Indian journal of veterinary science and animal husbandry - Volumes 18-21, 1948-1951
Year: 1948
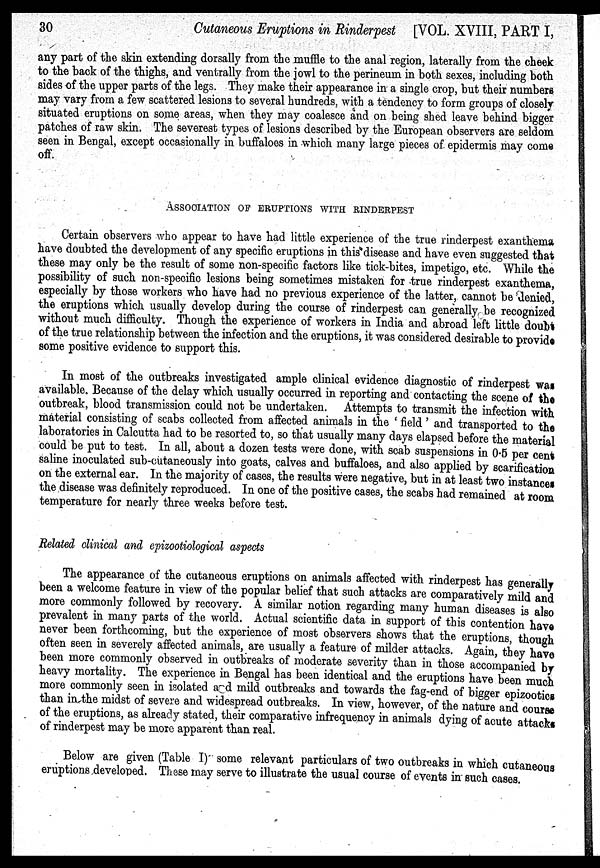
30
Cutaneous Eruptions in Rinderpest [VOL. XVIII, PART I,
any part of the skin extending dorsally from the muffle to the anal region, laterally from the cheek
to the back of the thighs, and ventrally from the jowl to the perineum in both sexes, including both
sides of the upper parts of the legs. They make their appearance in a single crop, but their numbers
may vary from a few scattered lesions to several hundreds, with a tendency to form groups of closely
situated eruptions on some areas, when they may coalesce and on being shed leave behind bigger
patches of raw skin. The severest types of lesions described by the European observers are seldom
seen in Bengal, except occasionally in buffaloes in which many large pieces of epidermis may come
off.
ASSOCIATION OF ERUPTIONS WITH RINDERPEST
Certain observers who appear to have had little experience of the true rinderpest exanthema
have doubted the development of any specific eruptions in this disease and have even suggested that
these may only be the result of some non-specific factors like tick-bites, impetigo, etc. While the
possibility of such non-specific lesions being sometimes mistaken for true rinderpest exanthema,
especially by those workers who have had no previous experience of the latter, cannot be denied,
the eruptions which usually develop during the course of rinderpest can generally be recognized
without much difficulty. Though the experience of workers in India and abroad left little doubt
of the true relationship between the infection and the eruptions, it was considered desirable to provide
some positive evidence to support this.
In most of the outbreaks investigated ample clinical evidence diagnostic of rinderpest was
available. Because of the delay which usually occurred in reporting and contacting the scene of the
outbreak, blood transmission could not be undertaken. Attempts to transmit the infection with
material consisting of scabs collected from affected animals in the ' field ' and transported to the
laboratories in Calcutta had to be resorted to, so that usually many days elapsed before the material
could be put to test. In all, about a dozen tests were done, with scab suspensions in 0.5 per cent
saline inoculated sub-cutaneously into goats, calves and buffaloes, and also applied by scarification
on the external ear. In the majority of cases, the results were negative, but in at least two instances
the disease was definitely reproduced. In one of the positive cases, the scabs had remained at room
temperature for nearly three weeks before test.
Related clinical and epizootiological aspects
The appearance of the cutaneous eruptions on animals affected with rinderpest has generally
been a welcome feature in view of the popular belief that such attacks are comparatively mild and
more commonly followed by recovery. A similar notion regarding many human diseases is also
prevalent in many parts of the world. Actual scientific data in support of this contention have
never been forthcoming, but the experience of most observers shows that the eruptions, though
often seen in severely affected animals, are usually a feature of milder attacks. Again, they have
been more commonly observed in outbreaks of moderate severity than in those accompanied by
heavy mortality. The experience in Bengal has been identical and the eruptions have been much
more commonly seen in isolated and mild outbreaks and towards the fag-end of bigger epizootics
than in the midst of severe and widespread outbreaks. In view, however, of the nature and course
of the eruptions, as already stated, their comparative infrequency in animals dying of acute attacks
of rinderpest may be more apparent than real.
Below are given (Table I) some relevant particulars of two outbreaks in which cutaneous
eruptions developed. These may serve to illustrate the usual course of events in such cases.